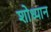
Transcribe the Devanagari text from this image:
शोध्यान